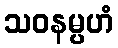
သဝနမ္ပဟံ